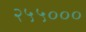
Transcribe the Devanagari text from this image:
२५५०००